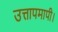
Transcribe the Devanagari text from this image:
उत्तापमापी।